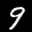
Label: 9